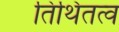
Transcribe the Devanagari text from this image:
तिथितत्व